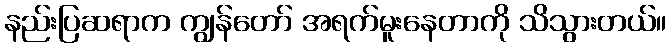
နည်းပြဆရာက ကျွန်တော် အရက်မူးနေတာကို သိသွားတယ်။